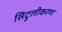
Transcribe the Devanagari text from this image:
सिट्रूलीकरण